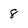
Character: 8